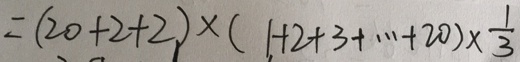
= ( 2 0 + 2 + 2 ) \times ( 1 + 2 + 3 + \cdots + 2 0 ) \times \frac { 1 } { 3 }